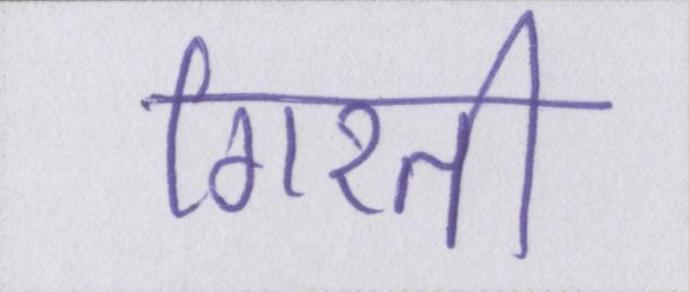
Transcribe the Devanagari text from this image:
गिरती